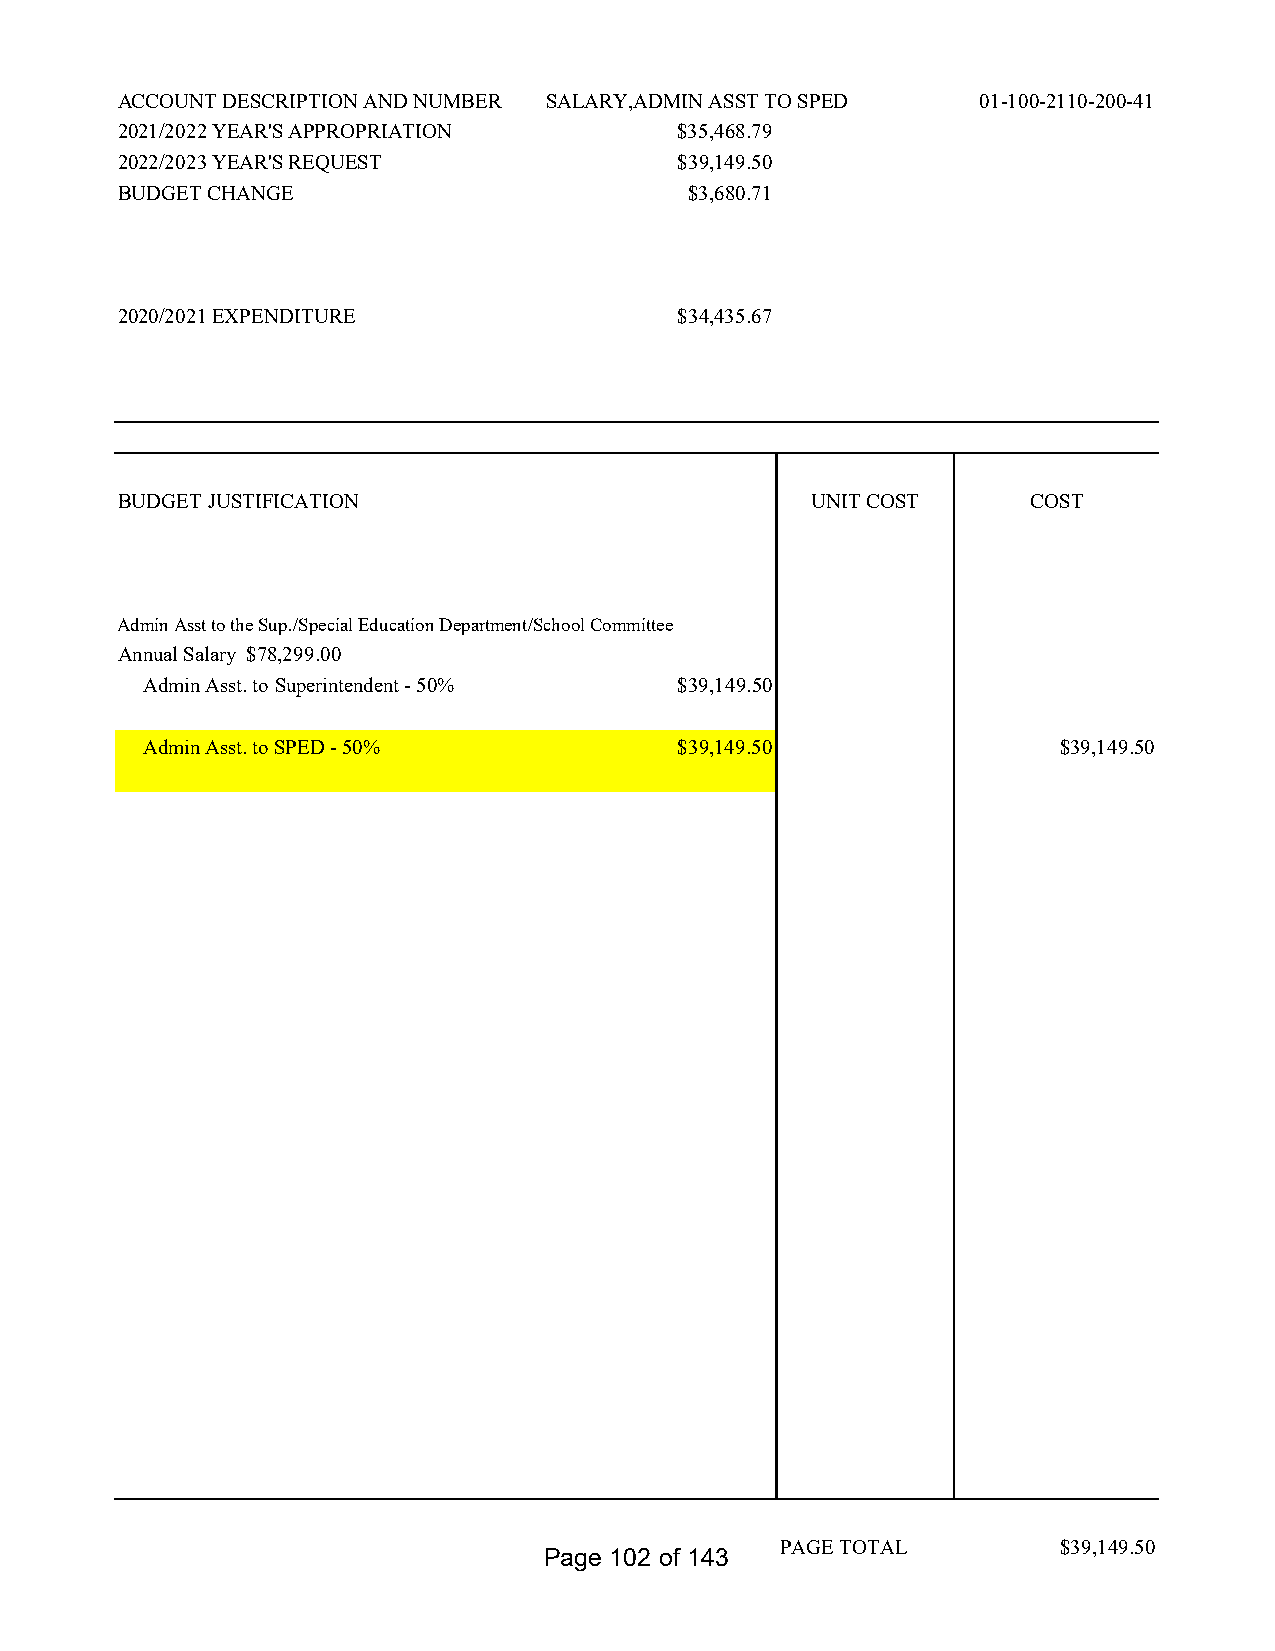
ACCOUNT DESCRIPTION AND NUMBER SALARY,ADMIN ASST TO SPED 01-100-2110-200-41
 2021/2022 YEAR'S APPROPRIATION       $35,468.79
 2022/2023 YEAR'S REQUEST             $39,149.50
 BUDGET CHANGE                         $3,680.71
 2020/2021 EXPENDITURE                $34,435.67
 BUDGET JUSTIFICATION                          UNIT COST     COST
 Admin Asst to the Sup./Special Education Department/School Committee
 Annual Salary $78,299.00
 Admin Asst. to Superintendent - 50% $39,149.50
 Admin Asst. to SPED - 50%          $39,149.50               $39,149.50
 PAGE TOTAL        $39,149.50
 Page 102 of 143